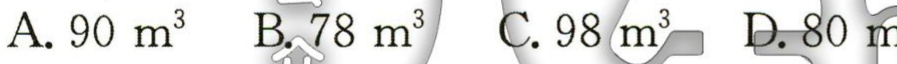
A. \(90\ m^{3}\)  B. \(78\ m^{3}\)  C. \(98\ m^{3}\)  D. \(80\ m^{3}\)